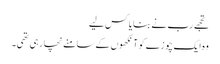
تجھے رب نے بنایا کس لیے
وہ ایک چوزے کو آنکھوں کے سامنے نچا رہی تھی۔